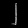
Digit: ၂